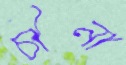
চীনা